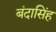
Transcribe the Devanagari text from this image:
बंदासिंह